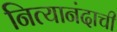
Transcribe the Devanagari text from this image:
नित्यानंदाची